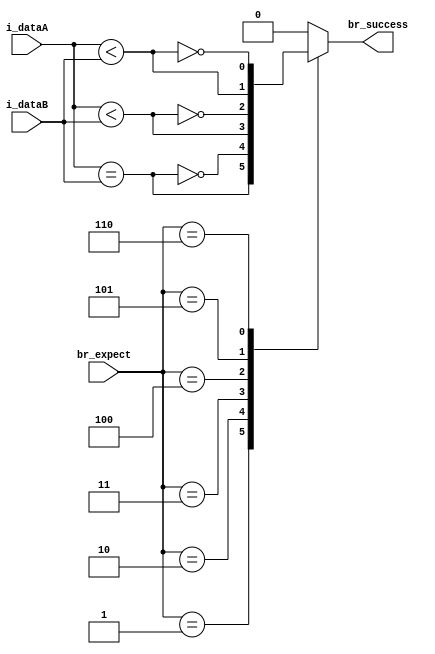
module branch_comp(
    input [31:0] i_dataA,
    input [31:0] i_dataB,
    input [3:0]  br_expect,
    output       br_success 
);

reg r_br_success;

assign br_success = r_br_success;

always @(*) begin

            case (br_expect)
                3'b001: r_br_success <= (i_dataA == i_dataB);
                3'b010: r_br_success <= !(i_dataA == i_dataB);
                3'b011: r_br_success <= ($signed(i_dataA) < $signed(i_dataB));
                3'b100: r_br_success <= !($signed(i_dataA) < $signed(i_dataB));
                3'b101: r_br_success <= ($unsigned(i_dataA) < $unsigned(i_dataB));
                3'b110: r_br_success <= !($unsigned(i_dataA) < $unsigned(i_dataB));
                default: r_br_success <= 1'b0;
            endcase

end
endmodule